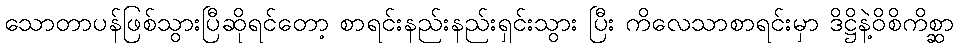
သောတာပန်ဖြစ်သွားပြီဆိုရင်တော့ စာရင်းနည်းနည်းရှင်းသွား ပြီး ကိလေသာစာရင်းမှာ ဒိဋ္ဌိနဲ့ဝိစိကိစ္ဆာ